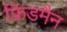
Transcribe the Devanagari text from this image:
फ्रिडमैन